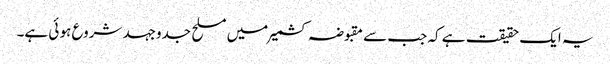
یہ ایک حقیقت ہے کہ جب سے مقبوضہ کشمیر میں مسلح جدوجہد شروع ہو ئی ہے۔